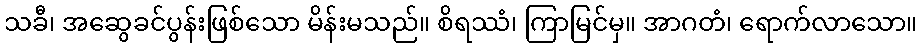
သခီ၊ အဆွေခင်ပွန်းဖြစ်သော မိန်းမသည်။ စိရဿံ၊ ကြာမြင်မှ။ အာဂတံ၊ ရောက်လာသော။